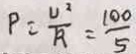
P = \frac { U ^ { 2 } } { R } = \frac { 1 0 0 } { 5 }